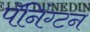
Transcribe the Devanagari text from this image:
पॅनिंग्टन